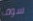
سوف